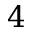
4